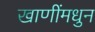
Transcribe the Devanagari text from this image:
खाणींमधुन